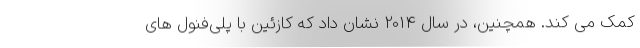
کمک می کند. همچنین، در سال 2014 نشان داد که کازئین با پلی‌فنول های